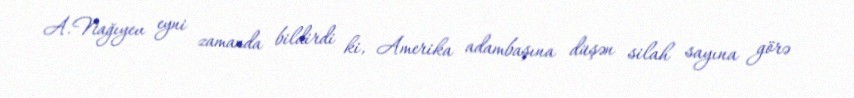
A.Nağıyev eyni zamanda bildirdi ki, Amerika adambaşına düşən silah sayına görə